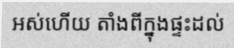
អស់ហើយ តាំងពីក្នុងផ្ទះដល់